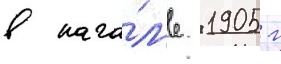
в нача́л'е 1905 г